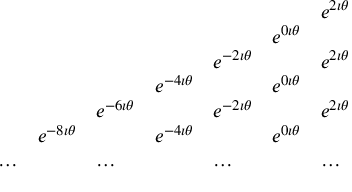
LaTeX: \begin{array} { l l l l l l l } { { } } & { { } } & { { } } & { { } } & { { } } & { { } } & { { e ^ { 2 \imath \theta } } } \\ { { } } & { { } } & { { } } & { { } } & { { } } & { { e ^ { 0 \imath \theta } } } & { { } } \\ { { } } & { { } } & { { } } & { { } } & { { e ^ { - 2 \imath \theta } } } & { { } } & { { e ^ { 2 \imath \theta } } } \\ { { } } & { { } } & { { } } & { { e ^ { - 4 \imath \theta } } } & { { } } & { { e ^ { 0 \imath \theta } } } & { { } } \\ { { } } & { { } } & { { e ^ { - 6 \imath \theta } } } & { { } } & { { e ^ { - 2 \imath \theta } } } & { { } } & { { e ^ { 2 \imath \theta } } } \\ { { } } & { { e ^ { - 8 \imath \theta } } } & { { } } & { { e ^ { - 4 \imath \theta } } } & { { } } & { { e ^ { 0 \imath \theta } } } \\ { { \ldots } } & { { } } & { { \ldots } } & { { } } & { { \ldots } } & { { } } & { { \ldots } } \end{array}